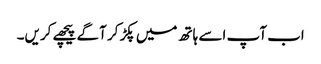
اب آپ اسے ہاتھ میں پکڑ کر آگے پیچھے کریں۔